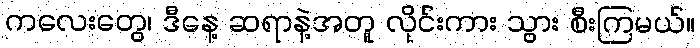
ကလေးတွေ၊ ဒီနေ့ ဆရာနဲ့အတူ လိုင်းကား သွား စီးကြမယ်။